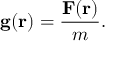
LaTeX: \mathbf { g } ( \mathbf { r } ) = { \frac { \mathbf { F } ( \mathbf { r } ) } { m } } .